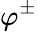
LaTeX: \varphi^{\pm}